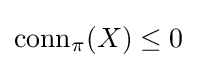
{\text{conn}}_{\pi }(X)\leq 0